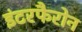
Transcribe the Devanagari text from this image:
इंटरफैरोन